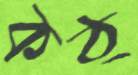
কঠ্